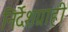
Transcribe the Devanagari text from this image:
निर्देशग्राही